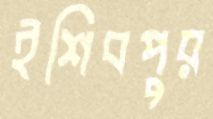
ইশিবপুর